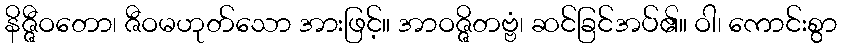
နိဇ္ဇီဝတော၊ ဇီဝမဟုတ်သော အားဖြင့်။ အာဝဇ္ဇိတဗ္ဗံ၊ ဆင်ခြင်အပ်၏။ ဝါ၊ ကောင်းစွာ